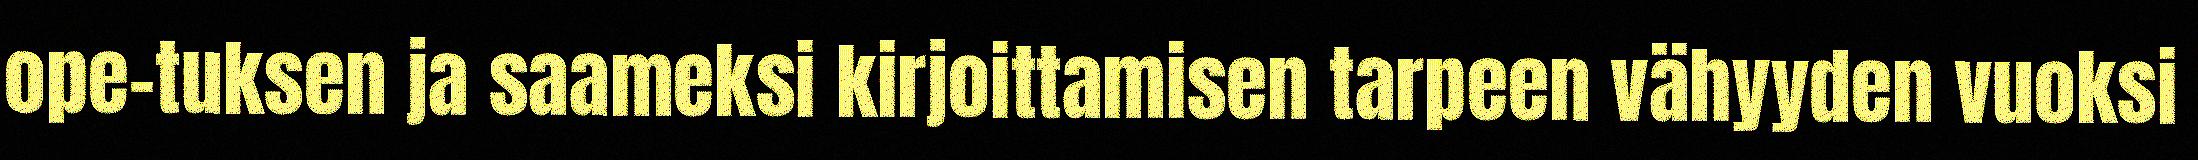
ope-tuksen ja saameksi kirjoittamisen tarpeen vähyyden vuoksi